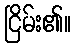
ငြိမ်း၏။